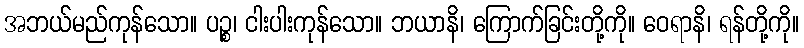
အဘယ်မည်ကုန်သော။ ပဉ္စ၊ ငါးပါးကုန်သော။ ဘယာနိ၊ ကြောက်ခြင်းတို့ကို။ ဝေရာနိ၊ ရန်တို့ကို။